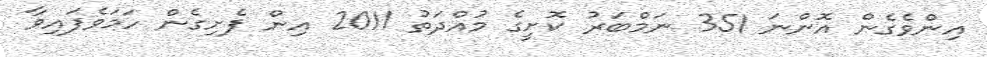
އިންވެގެން އޮންނަ 351 ނަމްބަރު ކޮށީގެ މުއްދަތު 2011 އިން ފެށިގެން ހަމަވެފައިވާ